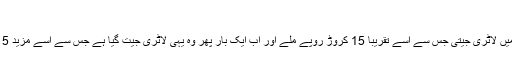
“
مل ہیگ نے پہلی بار اپریل میں لاٹری جیتی جس سے اسے تقریباً 15 کروڑ روپے ملے اور اب ایک بار پھر وہ یہی لاٹری جیت گیا ہے جس سے اسے مزید 15 کروڑ روپے مل گئے ہیں۔